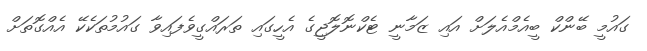
ގައުމީ ބޭންކް ބީއެމްއެލަށް އައި ޒަމާނީ ޓެކްނޮލޮޖީގެ އެހީގައި ތަރައްގީވެފައިވާ ގައުމުތަކެކޭ އެއްގޮތަށް